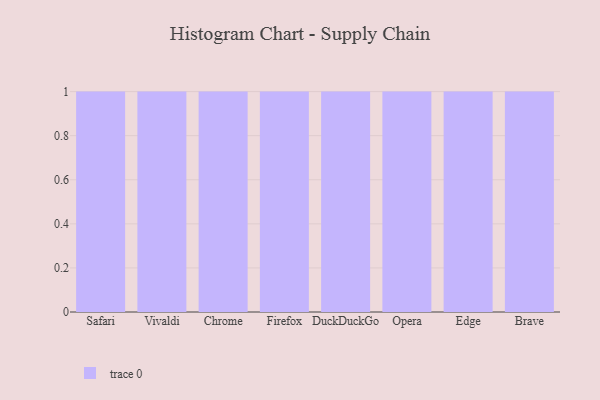
{"axis": {"x": "Browser", "y": "Temperature (°C)"}, "legend": [""], "data": [{"x": "Safari", "y": 51, "type": ""}, {"x": "Vivaldi", "y": 85, "type": ""}, {"x": "Chrome", "y": 1, "type": ""}, {"x": "Firefox", "y": 27, "type": ""}, {"x": "DuckDuckGo", "y": 8, "type": ""}, {"x": "Opera", "y": 21, "type": ""}, {"x": "Edge", "y": 8, "type": ""}, {"x": "Brave", "y": 42, "type": ""}]}